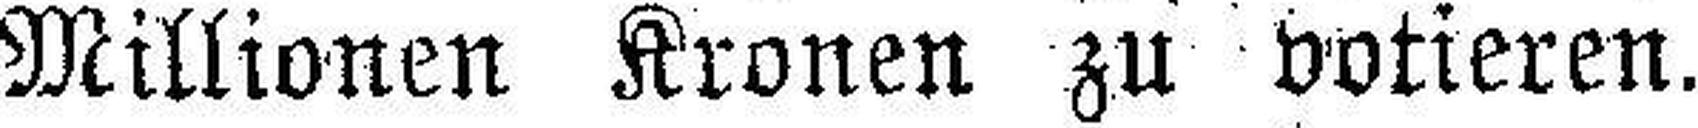
Millionen Kronen zu votieren.